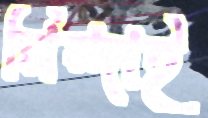
নিন্দাই